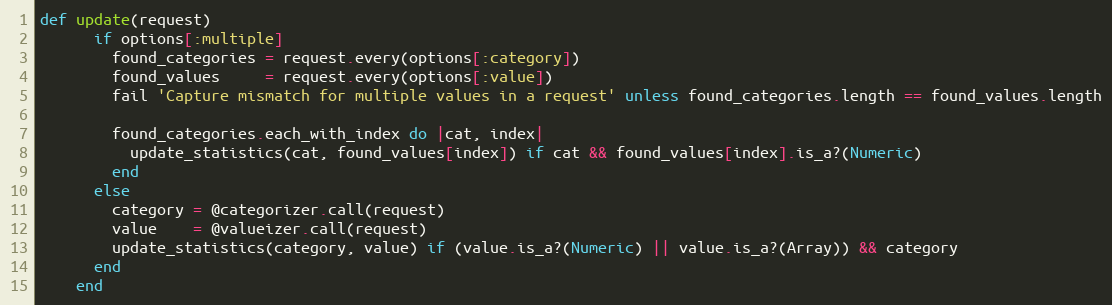
Language: Ruby
def update(request)
      if options[:multiple]
        found_categories = request.every(options[:category])
        found_values     = request.every(options[:value])
        fail 'Capture mismatch for multiple values in a request' unless found_categories.length == found_values.length

        found_categories.each_with_index do |cat, index|
          update_statistics(cat, found_values[index]) if cat && found_values[index].is_a?(Numeric)
        end
      else
        category = @categorizer.call(request)
        value    = @valueizer.call(request)
        update_statistics(category, value) if (value.is_a?(Numeric) || value.is_a?(Array)) && category
      end
    end